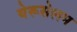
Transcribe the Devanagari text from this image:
येरूसेलम